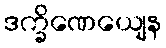
ဒက္ခိဏေယျေန